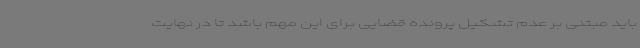
باید مبتنی بر عدم تشکیل پرونده قضایی برای این مهم باشد تا در نهایت